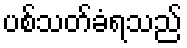
ပစ်သတ်ခံရသည်